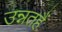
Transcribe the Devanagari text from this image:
उन्नतहैं